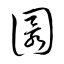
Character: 圜